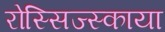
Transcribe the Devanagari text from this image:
रोस्सिज्स्काया